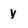
Character: y